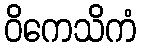
ဝိကေသိကံ